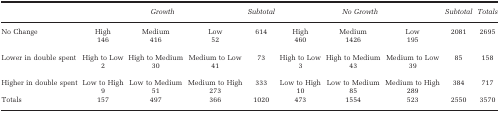
|  | <COLSPAN=3> Growth | Subtotal | <COLSPAN=3> No Growth | Subtotal | Totals |
 | --- | --- | --- | --- | --- | --- | --- | --- | --- | --- |
 | No Change | High | Medium | Low | 614 | High | Medium | Low | 2081 | 2695 |
 |  | 146 | 416 | 52 |  | 460 | 1426 | 195 |  |  |
 | Lower in double spent | High to Low | High to Medium | Medium to Low | 73 | High to Low | High to Medium | Medium to Low | 85 | 158 |
 |  | 2 | 30 | 41 |  | 3 | 43 | 39 |  |  |
 | Higher in double spent | Low to High | Low to Medium | Medium to High | 333 | Low to High | Low to Medium | Medium to High | 384 | 717 |
 |  | 9 | 51 | 273 |  | 10 | 85 | 289 |  |  |
 | Totals | 157 | 497 | 366 | 1020 | 473 | 1554 | 523 | 2550 | 3570 |